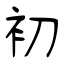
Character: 初